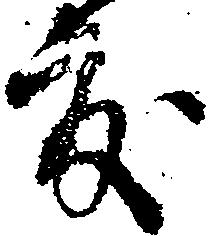
度